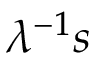
\lambda ^ { - 1 } s